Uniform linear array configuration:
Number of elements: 12
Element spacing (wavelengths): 0.25
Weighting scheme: kaiser
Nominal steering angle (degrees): -45
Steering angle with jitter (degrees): -46.744
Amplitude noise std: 0.05
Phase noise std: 0.05

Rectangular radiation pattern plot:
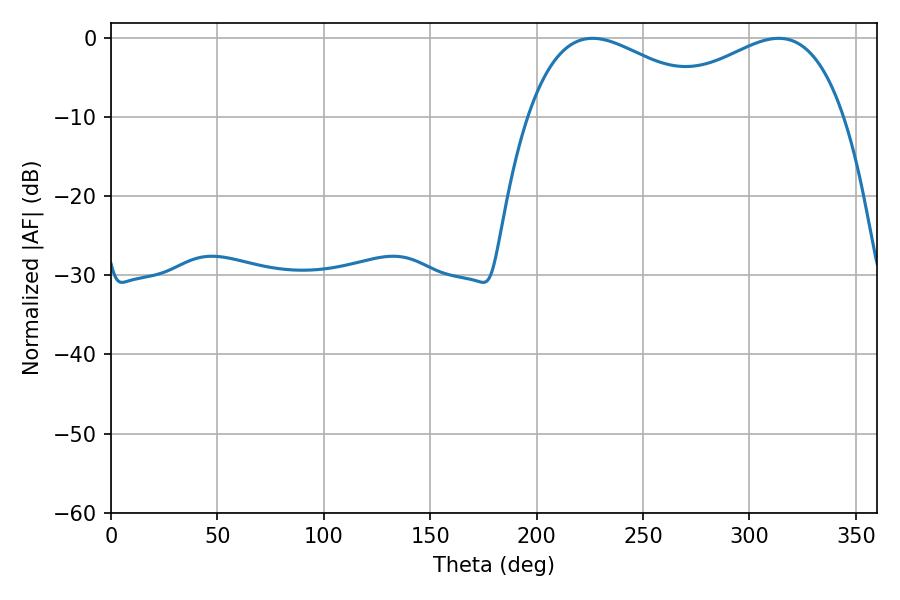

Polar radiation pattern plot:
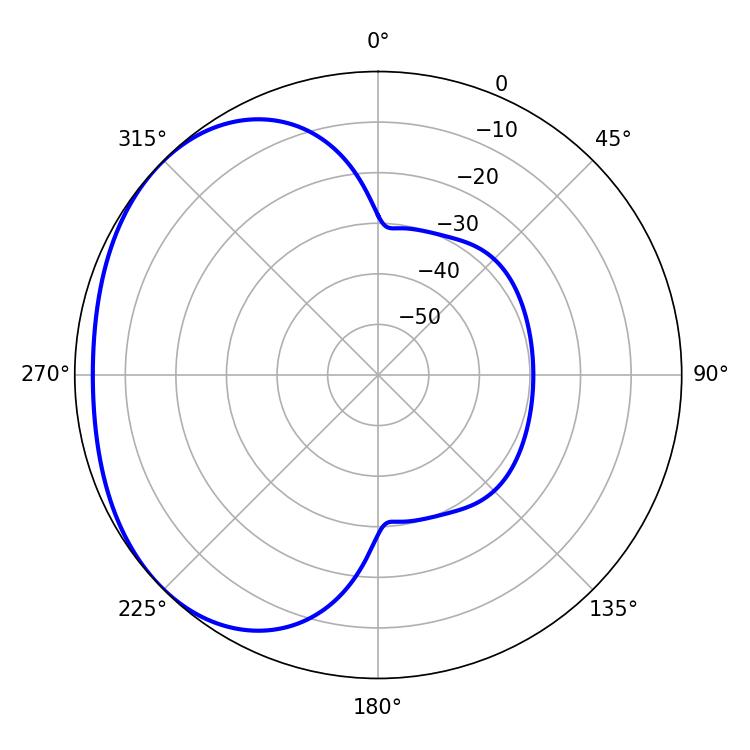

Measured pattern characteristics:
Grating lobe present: FALSE
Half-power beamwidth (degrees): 49.68
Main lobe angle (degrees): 226.26